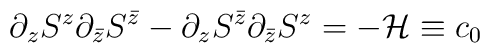
\partial_zS^{z}\partial_{\bar{z}} S^{\bar{z}} - \partial_{z}S^{\bar{z}} \partial_{\bar{z}} S^z=-{\cal H}\equiv c_0